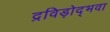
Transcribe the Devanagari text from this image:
द्रविड़ोद्भवा